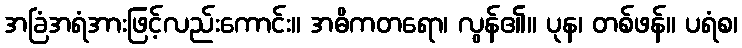
အခြံအရံအားဖြင့်လည်းကောင်း။ အဓိကတရော၊ လွန်၏။ ပုန၊ တစ်ဖန်။ ပရံစ၊